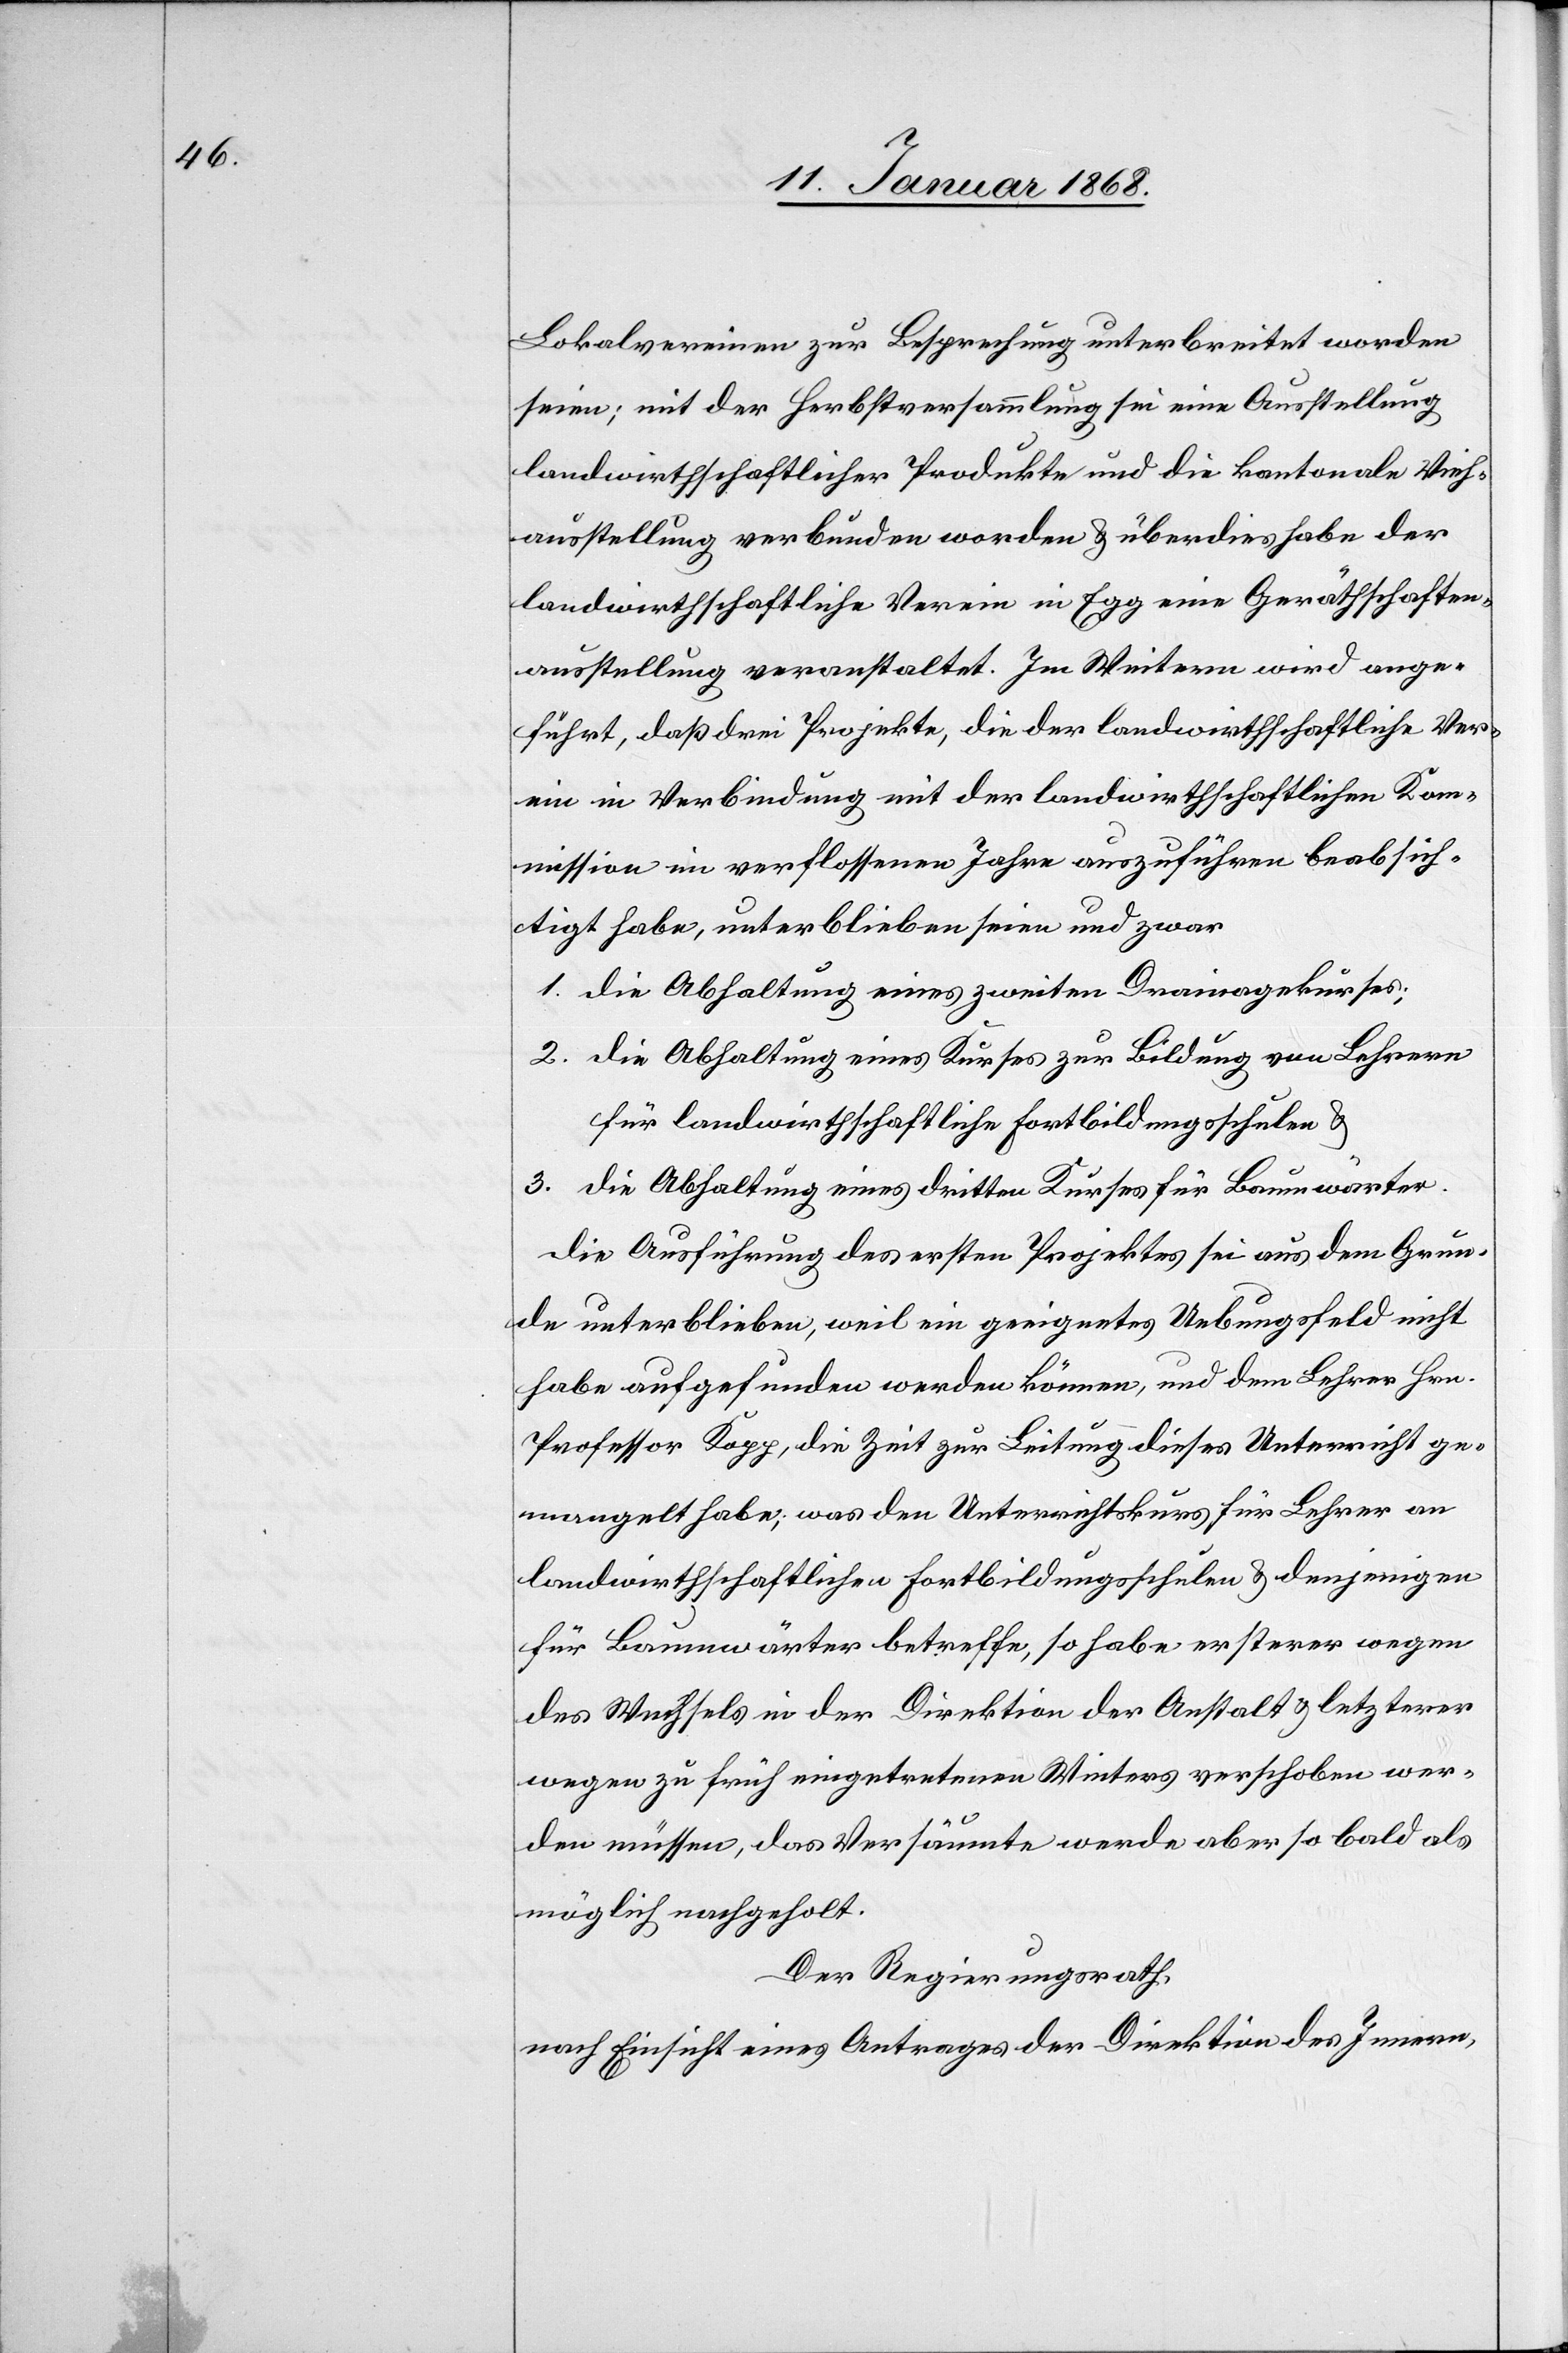
Lokalvereinen zur Besprechung unterbreitet worden
seien; mit der Herbstversammlung sei eine Ausstellung
landwirthschaftlicher Produkte und die kantonale Vieh¬
ausstellung verbunden worden & überdies habe der
landwirthschaftliche Verein in Egg eine Geräthschaften¬
ausstellung veranstaltet. Im Weitern wird ange¬
führt, daß drei Projekte, die der landwirthschaftliche Ver¬
ein in Verbindung mit der landwirthschaftlichen Ko¬
mmission im verflossenen Jahre auszuführen beabsich¬
tigt habe, unterblieben seien und zwar
die Abhaltung eines zweiten Drainagekurses;
die Abhaltung eines Kurses zur Bildung von Lehrern
für landwirthschaftliche Fortbildungsschulen &
die Abhaltung eines dritten Kurses für Baumwärter.
Die Ausführung des ersten Projektes sei aus dem Grun¬
de unterblieben, weil ein geeignetes Uebungsfeld nicht
habe aufgefunden werden können, und dem Lehrer Hrn.
Professor Kopp, die Zeit zur Leitung dieses Unterricht[s] ge¬
mangelt habe; was den Unterrichtskurs für Lehrer an
landwirthschaftlichen Fortbildungsschulen & denjenigen
für Baumwärter betreffe, so habe ersterer wegen
des Wechsels in der Direktion der Anstalt & letzterer
wegen zu früh eingetretenen Winters verschoben wer¬
den müssen, das Versäumte werde aber so bald als
möglich nachgeholt.
Der Regierungsrath
nach Einsicht eines Antrages der Direktion des Innern,